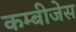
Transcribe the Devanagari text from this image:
कम्बीजेस